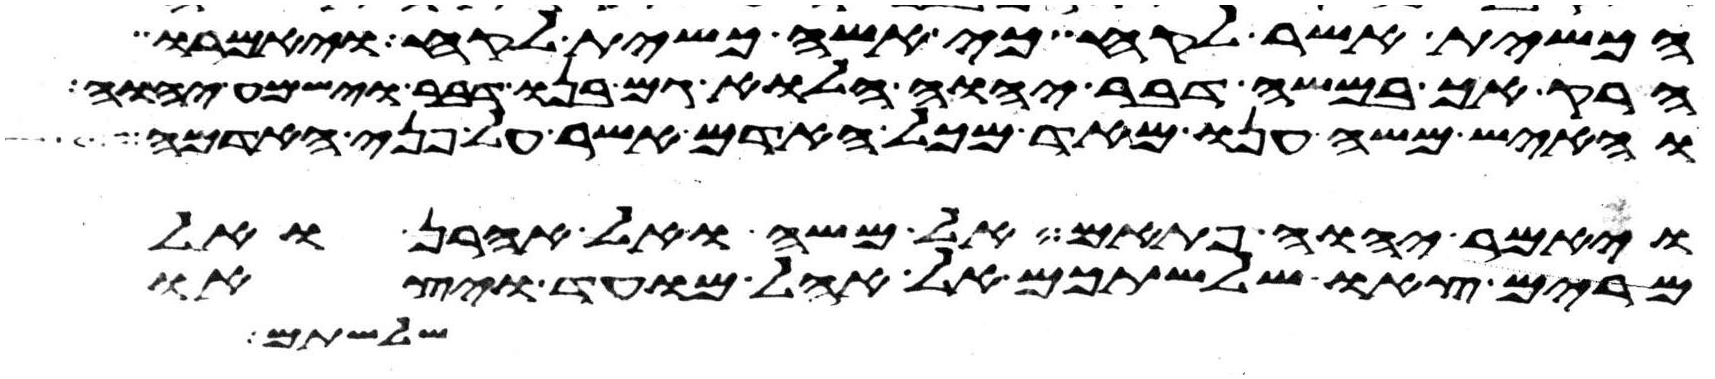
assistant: הכשית אשר לקח כי אשה כשית לקח ויאמרו
הרק אך במשה דבר יהוה הלוא גם בנו דבר וישמע יהוה
והאיש משה ענו מאד מכל האדם אשר על פני האדמה
ויאמר יהוה פתאם אל משה ואל אהרן ואל
מרים צאו שלשתכם אל אהל מועד ויצאו
שלשתם